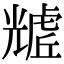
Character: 𧇲